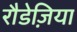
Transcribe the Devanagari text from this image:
रौडेज़िया